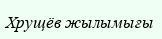
Хрущёв жылымығы